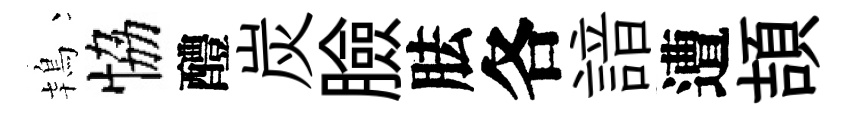
鴇恊醴炭臉胠各諳遭頡